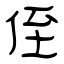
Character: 侄